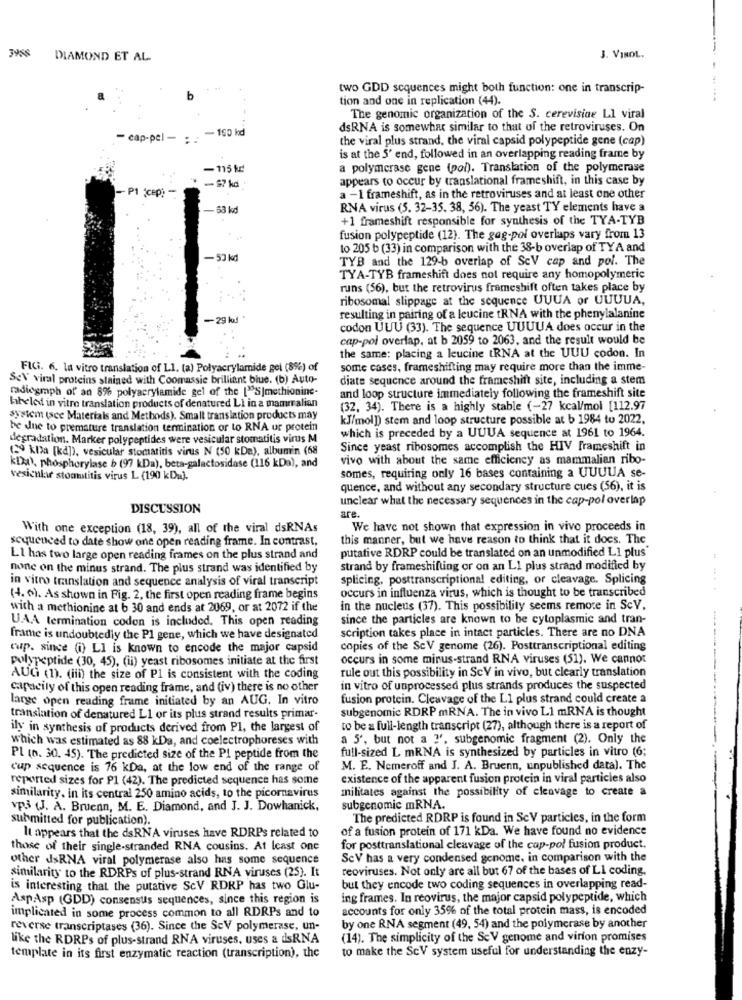
DIAMOND ET AL.
J. VINOL.
two GDD sequences might both function: one in transcrip-
b
tion and one in replication (44).
The genomic organization of the S. cerevisice LI viral
dsRNA is somewhat similar to that of the retroviruses. On
- cap-pel - : - 160 kd
the viral plus strand, the viral capsid polypeptide gene (cap)
is at the 5' end, followed in an overlapping reading frame by
-115 kč
a polymerase gene (poi). Translation of the polymerase
appears to occur by translational frameshift, in this case by
a -1 frameshift, as in the retroviruses and at least one other
- 63 kd
RNA virus (5. 32-35. 38, 56). The yeast TY elements have a
+1 frameshift responsible for synthesis of the TYA-TYB
fusion polypeptide (12). The gag-poi overlaps vary from 13
to 205 b (33) in comparison with the 38-b overlap of TYA and
-53 kd
TYB and the 129-b overlap of ScV cap and pol. The
TYA-TYB frameshift does not require any homopolymeric
runs (56), but the retrovirus frameshift often takes place by
ribosomal slippage at the sequence UVUA or UUUUA,
-29 kad
resulting in pairing of a leucine tRNA with the phenylalanine
codon UUU (33). The sequence UUUUA does occur in the
cap-pol overlap, at b 2059 to 2063, and the result would be
the same: placing a leucine tRNA at the UUU codon. In
FlCi. 6. la vitro translation of L1. (a) Polyacrylamide gel (8%) of
some cases, frameshifting may require more than the imme-
SeV viral proteins stained with Coomassie brilliant blue. (b) Auto-
diate sequence around the frameshift site, including a stem
radiograph of an 8% polyacrylamide gel of the ["S|methionine-
and loop structure immediately following the frameshift site
labeled in vitro translation products of denatured LI in a mammalian
(32, 34). There is a highly stable (-27 kcal/mol [112.97
system (sce Materials and Methods). Smalt translation products may
KJ/mol]) stem and loop structure possible at b 1984 to 2022,
be dne to premature translation termination or to RNA ur protein
which is preceded by a UUUA sequence at 1961 to 1964.
degradation. Marker polypeptides were vesicular stomatitis virus M
(29 kla (kd)), vesicular stomatitis virus N (50 kDa), album'n (68
Since yeast ribosomes accomplish the HIV Frameshift in
vivo with about the same efficiency as mammalian ribo-
kDza), phosphorylase b (97 kDa), beta-galactosidase (116 kDa), and
somes, requiring only 16 bases containing a UUUUA se-
vesicnkir stomatitis virus L (190 kDu).
quence, and without any secondary structure cues (56), it is
unclear what the necessary sequences in the cap-pol overlap
DISCUSSION
are.
With one exception (18, 39), all of the viral dsRNAs
We have not shown that expression in vivo proceeds in
scqucuced to date show one open reading frame. In contrast,
this manner, but we have reason to think that it docs. The
putative RDRP could be translated on an unmodified L1 plus"
Ll has two large open reading frames on the plus strand and
none on the minus strand. The plus strand was identified by
strand by frameshifting or on an LI plus strand modified by
in vitro translation and sequence analysis of viral transcript
splicing, posttranscriptional editing, or cleavage. Splicing
occurs in influenza virus, which is thought to be transcribed
(4. 0). As shown in Fig. 2, the first open reading frame begins
with a methionine at b 30 and ends at 2069, or at 2072 if the
in the nucleus (37). This possibility seems remore in ScV.
UAA termination codon is included. This open reading
since the particles are known to be cytoplasmic and tran-
frame is undoubtedly the Pl gene, which we have designated
scription takes place in intact particles. There are no DNA
cup. since (i) LI is known to encode the major capsid
copies of the ScV genome (26). Posttranscriptional editing
polypeptide (30, 45), (ii) yeast ribosomes initiate at the first
occurs in some minus-strand RNA viruses (51). We cannot
rule out this possibility in ScV in vivo, but clearly translation
AUG (1). (iii) the size of P1 is consistent with the coding
capacity of this open reading frame, and (iv) there is no other
in vitro of unprocessed plus strands produces the suspected
large open reading frame initiated by an AUG. In vitro
fusion protein. Cleavage of the Ll plus strand could create a
subgenomic RDRP mRNA. The in vivo L1 mRNA is thought
translation of denatured L1 or its plus strand results primar-
ily in synthesis of products derived from Pl, the largest of
to be a full-length transcript (27), although there is a report of
which was estimated as 88 kDa, and coelectrophoreses with
a 5', but not a 3'. subgenomic fragment (2). Only the
full-sized L mRNA is synthesized by particles in vitro (6;
Pl (0. 30. 45). The predicted size of the Pl peptide from the
cup sequence is 76 kDa, at the low end of the range of
M. E. Nemeroff and J. A. Bruenn, unpublished data). The
reported sizes for P1 (42). The predicted sequence has some
existence of the apparent fusion protein in viral particles also
mihtates against the possibility of cleavage to create a
similarity. in its central 250 amino acids, to the picornavirus
vp3 (J. A. Bruenn, M. E. Diamond, and J. J. Dowhanick,
subgenomic mRNA.
submitted for publication).
The predicted RDRP is found in ScV particles, in the form
of a fusion protein of 171 kDa. We have found no evidence
It appears that the dsRNA viruses have RDRPs related to
those of their single-stranded RNA cousins. At least one
for posttranslational cleavage of the cap-pol fusion product.
other dsRNA viral polymerase also has some sequence
SeV has a very condensed genome, in comparison with the
similarity to the RDRPs of plus-strand RNA viruses (25). It
reoviruses. Not only are all but 67 of the bases of Ll coding.
is interesting that the putative ScV RDRP has two Glu-
but they encode two coding sequences in overlapping read-
AspAsp (GDD) consensus sequences, since this region is
ing frames. In reovirus, the major capsid polypeptide, which
accounts for only 35% of the total protein mass, is encoded
implicated in some process common to all RDRPs and to
reverse transcriptases (36). Since the SeV polymerase, un-
by one RNA segment (49, 54) and the polymerase by another
like the RDRPs of plus-strand RNA viruses, uses a dsRNA
(14). The simplicity of the SeV genome and virion promises
to make the ScV system useful for understanding the enzy-
template in its first enzymatic reaction (transcription), the